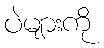
ပဲများကို